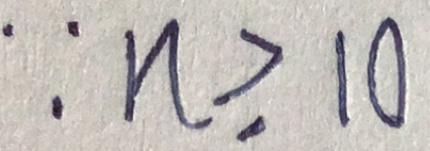
\because n \geqslant 1 0